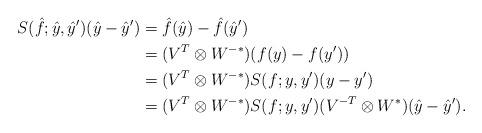
LaTeX: \begin{align*}S(\hat{f};\hat{y},\hat{y}')(\hat{y}-\hat{y}')&=\hat{f}(\hat{y})-\hat{f}(\hat{y}')\\&=(V^T\otimes W^{-*})(f(y)-f(y'))\\&=(V^T\otimes W^{-*})S(f;y,y')(y-y')\\&=(V^T\otimes W^{-*})S(f;y,y')(V^{-T}\otimes W^*)(\hat{y}-\hat{y}').\end{align*}